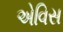
એવિસ